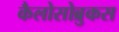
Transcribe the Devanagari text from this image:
कैलोसोब्रुकस